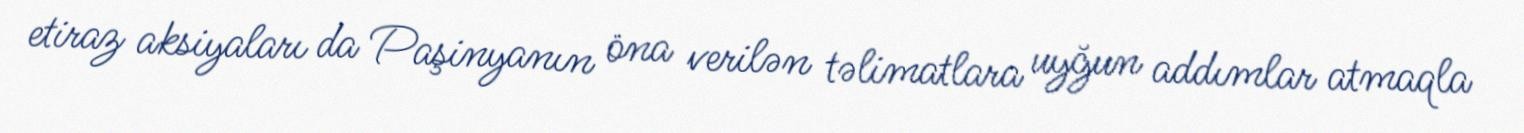
etiraz aksiyaları da Paşinyanın öna verilən təlimatlara uyğun addımlar atmaqla